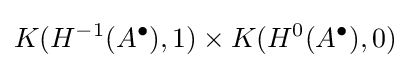
K(H^{-1}(A^{\bullet }),1)\times K(H^{0}(A^{\bullet }),0)